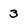
Character: 3